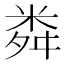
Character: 粦